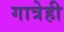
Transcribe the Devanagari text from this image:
गात्रेही